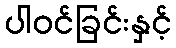
ပါဝင်ခြင်းနှင့်